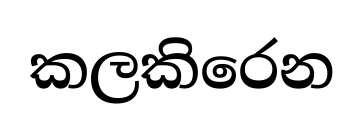
කලකිරෙන